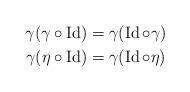
LaTeX: \begin{align*}\gamma (\gamma \circ \operatorname{Id}) & = \gamma (\operatorname{Id} \circ \gamma) \\ \gamma (\eta \circ \operatorname{Id}) & = \gamma (\operatorname{Id} \circ \eta)\end{align*}